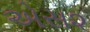
એસ૨